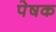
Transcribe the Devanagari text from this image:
पेषक